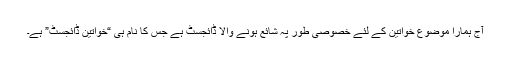
آج ہمارا موضوع خواتین کے لئے خصوصی طور پہ شائع ہونے والا ڈائجسٹ ہے جس کا نام ہی “خواتین ڈائجسٹ” ہے۔